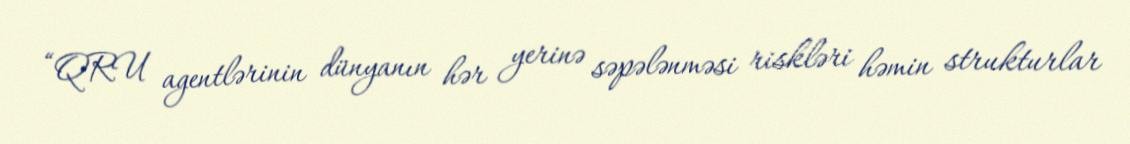
“QRU agentlərinin dünyanın hər yerinə səpələnməsi riskləri həmin strukturlar